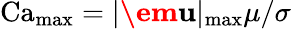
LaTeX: \operatorname{Ca}_{\operatorname*{max}}=|\textbf{\em u}|_{\operatorname*{max}}\mu/\sigma